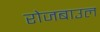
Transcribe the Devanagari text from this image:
रोजबाउल